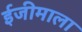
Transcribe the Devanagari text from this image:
ईजीमाला